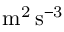
\mathrm { m ^ { 2 } \, s ^ { - 3 } }